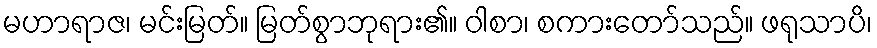
မဟာရာဇ၊ မင်းမြတ်။ မြတ်စွာဘုရား၏။ ဝါစာ၊ စကားတော်သည်။ ဖရုသာပိ၊